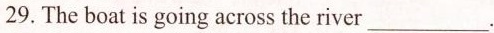
29.The boat is going across the river___.